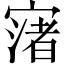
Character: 𡪦